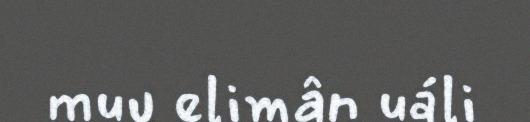
muu elimân uáli